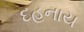
દહનાય